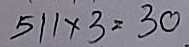
511 x 3 = 30